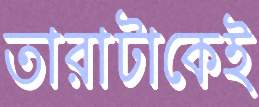
তারাটাকেই